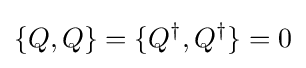
\{Q,Q\}=\{Q^{\dagger },Q^{\dagger }\}=0